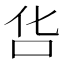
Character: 𠯒